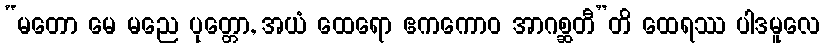
“မတော မေ မညေ ပုတ္တော, အယံ ထေရော ဧကကောဝ အာဂစ္ဆတီ”တိ ထေရဿ ပါဒမူလေ